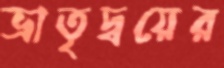
ভ্রাতৃদ্বয়ের